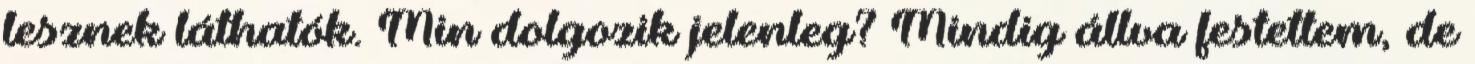
lesznek láthatók. Min dolgozik jelenleg? Mindig állva festettem, de